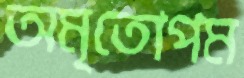
অমৃতোপম